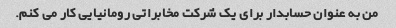
من به عنوان حسابدار برای یک شرکت مخابراتی رومانیایی کار می کنم.